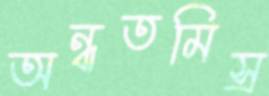
অন্ধতমিস্র